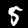
Label: 5